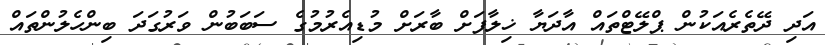
އަދި ދޭތެރެއަކުން ޕްލޭޓްތައް އާދަޔާ ޚިލާފަށް ބާރަށް މުޑިއެރުމުގެ ސަބަބުން ވަރުގަދަ ބިންހެލުންތައް